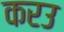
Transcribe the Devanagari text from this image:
करउ